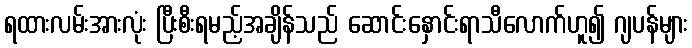
ရထားလမ်းအားလုံး ပြီးစီးရမည့်အချိန်သည် ဆောင်းနှောင်းရာသီလောက်ဟူ၍ ဂျပန်များ